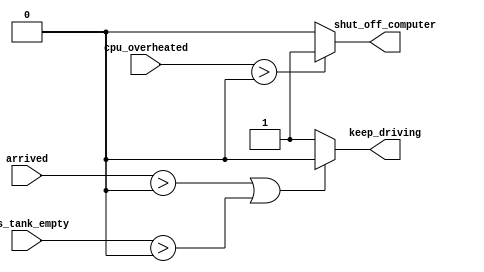
/*The following code contains incorrect behaviour that creates a latch. 
Fix the bugs so that you will shut off the computer only if it's really overheated, 
and stop driving if you've arrived at your destination or you need to refuel.



always @(*) begin
    if (cpu_overheated)
       shut_off_computer = 1;
end

always @(*) begin
    if (~arrived)
       keep_driving = ~gas_tank_empty;
end
*/
module top_module (
    input      cpu_overheated,
    output reg shut_off_computer,
    input      arrived,
    input      gas_tank_empty,
    output reg keep_driving  ); //

    always @(cpu_overheated) 
        begin
        if (cpu_overheated>0)
           shut_off_computer = 1'b1;
        else
            shut_off_computer = 1'b0;
        end
    always@(arrived,gas_tank_empty)
        begin
            if (arrived>0|gas_tank_empty>0)
           keep_driving = 1'b0;
           else
           keep_driving = 1'b1;
           
        end
endmodule